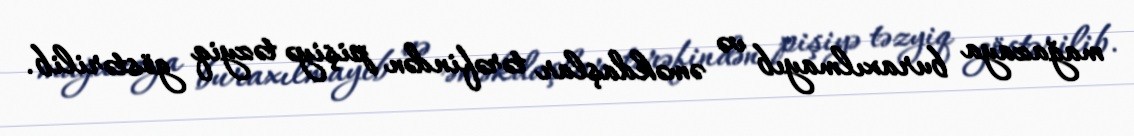
mağazaya buraxılmayıb və əməkdaşlar tərəfindən pişiyə təzyiq göstərilib.